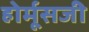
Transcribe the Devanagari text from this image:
होर्मूसजी